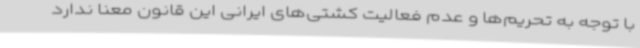
با توجه به تحریم‌ها و عدم فعالیت کشتی‌های ایرانی این قانون معنا ندارد